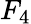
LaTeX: F_{4}